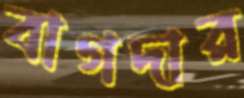
বাগদার